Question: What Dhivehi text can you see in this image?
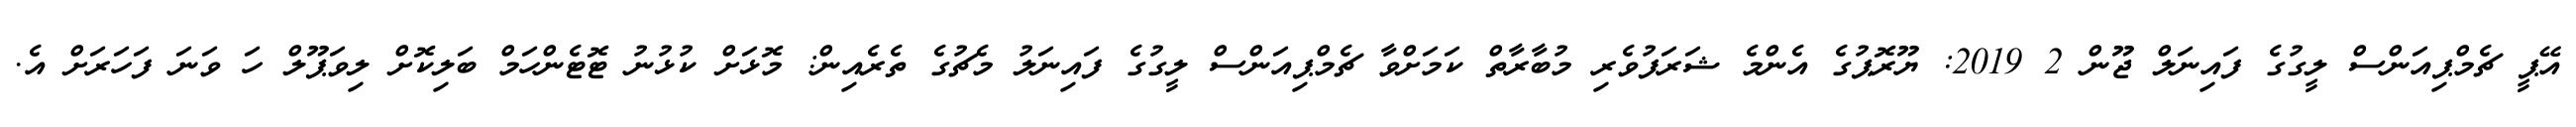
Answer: އޭޕީ ޗެމްޕިއަންސް ލީގުގެ ފައިނަލް ޖޫން 2 2019: ޔޫރޮޕުގެ އެންމެ ޝަރަފުވެރި މުބާރާތް ކަމަށްވާ ޗެމްޕިއަންސް ލީގުގެ ފައިނަލު މެޗުގެ ތެރެއިން: މޮޅަށް ކުޅުނު ޓޮޓެންހަމް ބަލިކޮށް ލިވަޕޫލް ހަ ވަނަ ފަހަރަށް އެ.